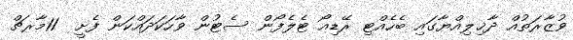
ވުޒާރަތުއް ދާޚިލިއްޔާގައި ބެހެއްޓި ރޭޑިއޯ ޓެލެފޯން ސެޓުން ވާހަކަދައްކަން ފެށީ  11މާރޗް